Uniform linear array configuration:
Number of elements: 16
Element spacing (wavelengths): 0.25
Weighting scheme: kaiser
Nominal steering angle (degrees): -45
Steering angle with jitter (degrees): -46.614
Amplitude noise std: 0.05
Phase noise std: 0.05

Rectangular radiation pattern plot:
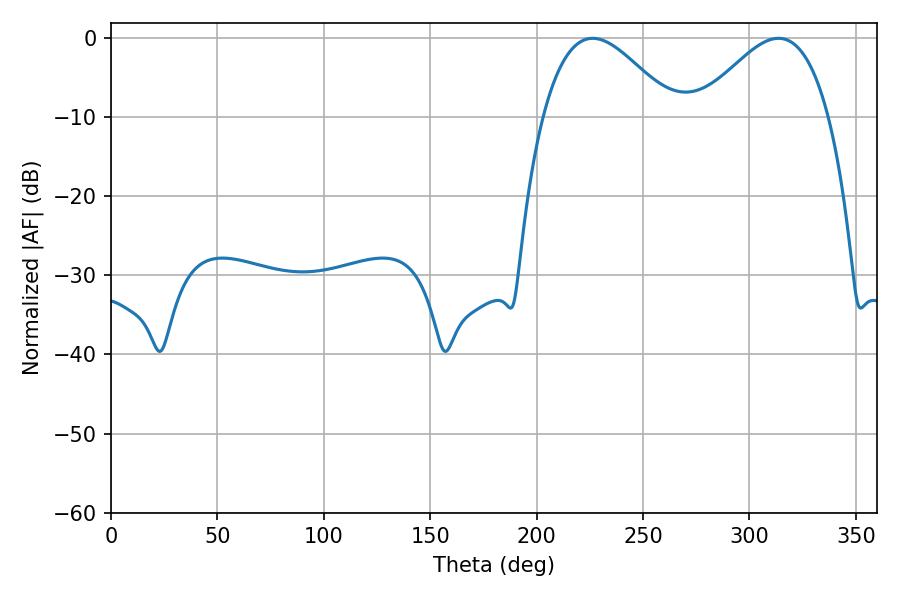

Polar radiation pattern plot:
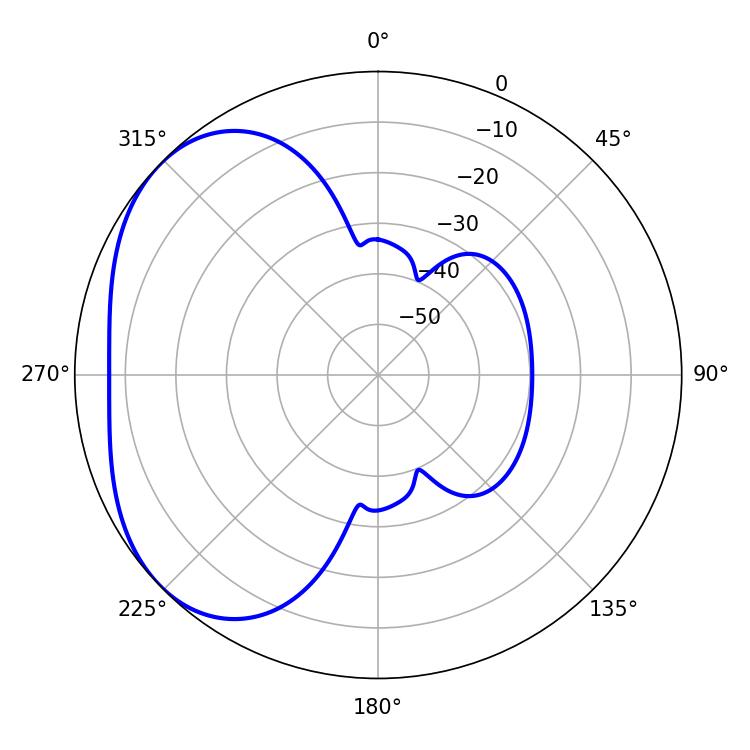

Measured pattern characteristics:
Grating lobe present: FALSE
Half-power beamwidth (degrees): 33.12
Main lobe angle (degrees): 226.26